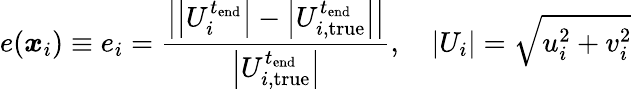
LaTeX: e(\boldsymbol{x}_{i})\equiv e_{i}=\frac{\left|\left|U_{i}^{t_{\mathrm{end}}}\right|-\left|U_{i,\mathrm{true}}^{t_{\mathrm{end}}}\right|\right|}{\left|U_{i,\mathrm{true}}^{t_{\mathrm{end}}}\right|},\quad\left|U_{i}\right|=\sqrt{u_{i}^{2}+v_{i}^{2}}